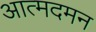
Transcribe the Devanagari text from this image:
आत्मदमन